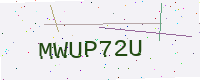
Text: MWUP72U